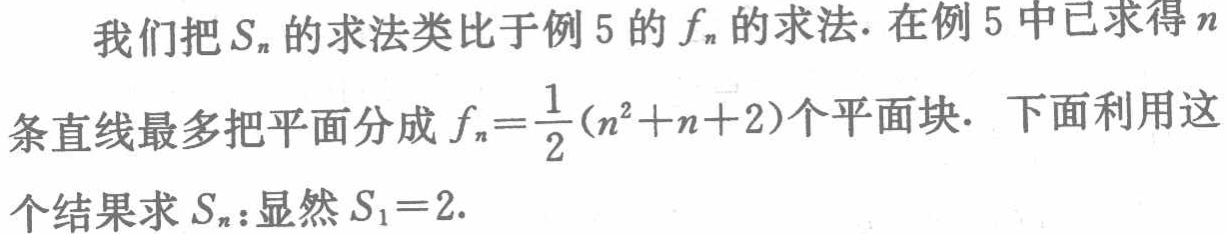
我们把\(S_{n}\)的求法类比于例 5 的\(f_{n}\)的求法. 在例 5 中已求得\(n\)条直线最多把平面分成\(f_{n}=\frac{1}{2}(n^{2}+n + 2)\)个平面块. 下面利用这个结果求\(S_{n}\):显然\(S_{1}=2\).